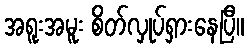
အရူးအမူး စိတ်လှုပ်ရှားနေပြီ။